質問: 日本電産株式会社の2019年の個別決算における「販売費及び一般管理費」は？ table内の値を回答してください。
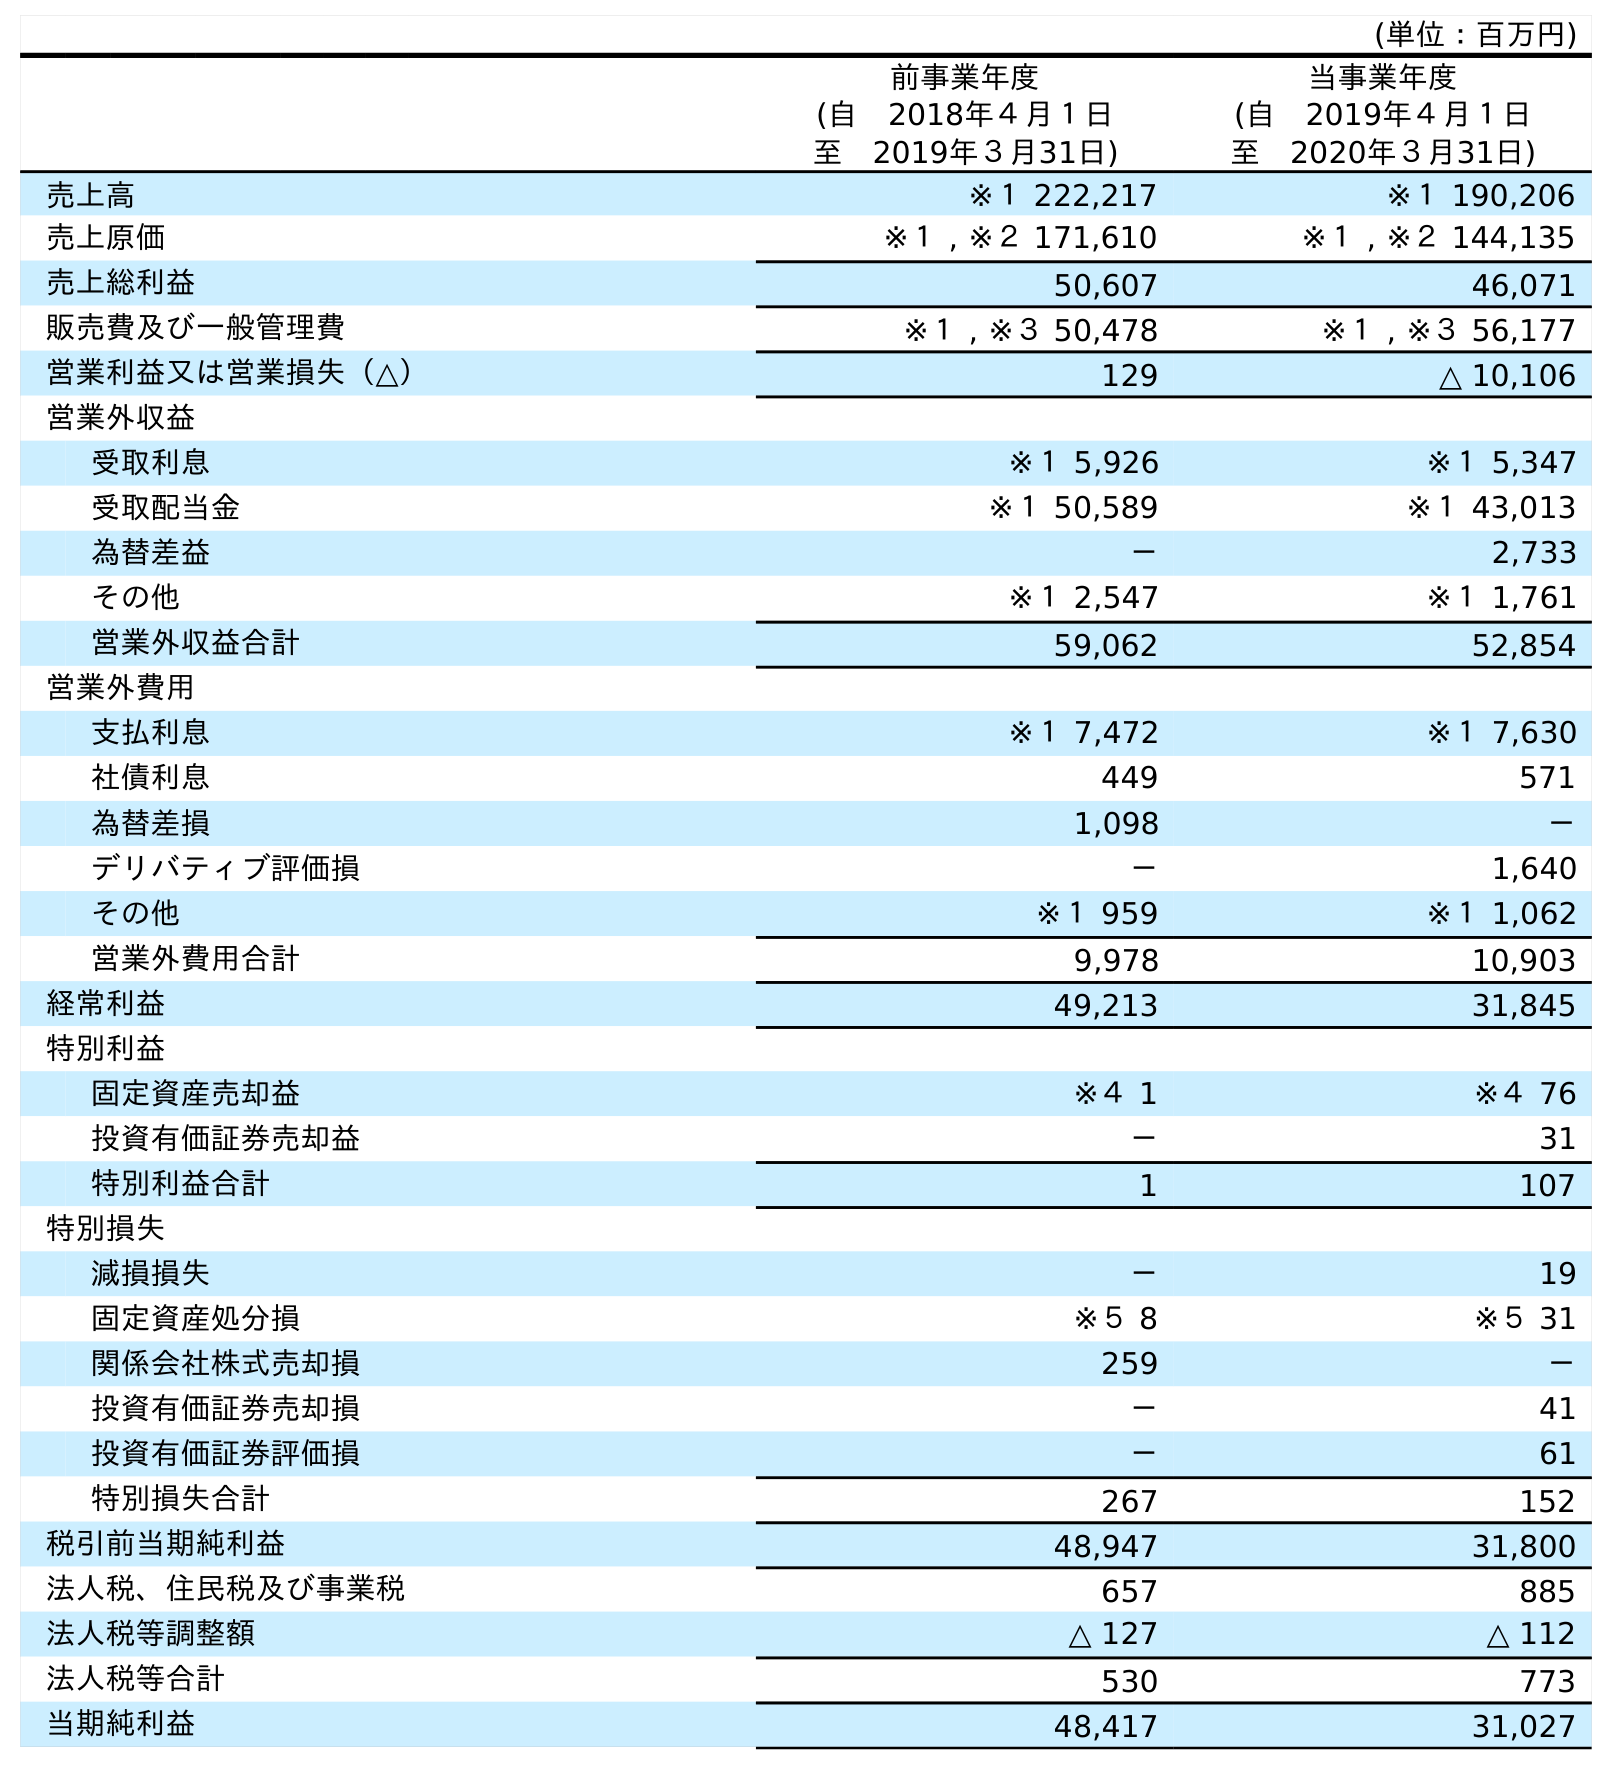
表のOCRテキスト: (単位：百万円) 前事業年度 (自 2018年４月１日 至 2019年３月31日) 当事業年度 (自 2019年４月１日 至 2020年３月31日) 売上高 ※１ 222,217 ※１ 190,206 売上原価 ※１ , ※２ 171,610 ※１ , ※２ 144,135 売上総利益 50,607 46,071 販売費及び一般管理費 ※１ , ※３ 50,478 ※１ , ※３ 56,177 営業利益又は営業損失（△） 129 △ 10,106 営業外収益 受取利息 ※１ 5,926 ※１ 5,347 受取配当金 ※１ 50,589 ※１ 43,013 為替差益 － 2,733 その他 ※１ 2,547 ※１ 1,761 営業外収益合計 59,062 52,854 営業外費用 支払利息 ※１ 7,472 ※１ 7,630 社債利息 449 571 為替差損 1,098 － デリバティブ評価損 － 1,640 その他 ※１ 959 ※１ 1,062 営業外費用合計 9,978 10,903 経常利益 49,213 31,845 特別利益 固定資産売却益 ※４ 1 ※４ 76 投資有価証券売却益 － 31 特別利益合計 1 107 特別損失 減損損失 － 19 固定資産処分損 ※５ 8 ※５ 31 関係会社株式売却損 259 － 投資有価証券売却損 － 41 投資有価証券評価損 － 61 特別損失合計 267 152 税引前当期純利益 48,947 31,800 法人税、住民税及び事業税 657 885 法人税等調整額 △ 127 △ 112 法人税等合計 530 773 当期純利益 48,417 31,027
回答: ※１,※３50,478